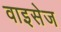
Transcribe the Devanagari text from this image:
वाइसेज